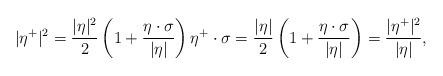
LaTeX: \begin{align*}|\eta^+|^2 = \frac{|\eta|^2}{2}\left(1+\frac{\eta\cdot\sigma}{|\eta|}\right) \eta^+\cdot\sigma = \frac{|\eta|}{2} \left(1+\frac{\eta\cdot\sigma}{|\eta|}\right) = \frac{|\eta^+|^2}{|\eta|},\end{align*}